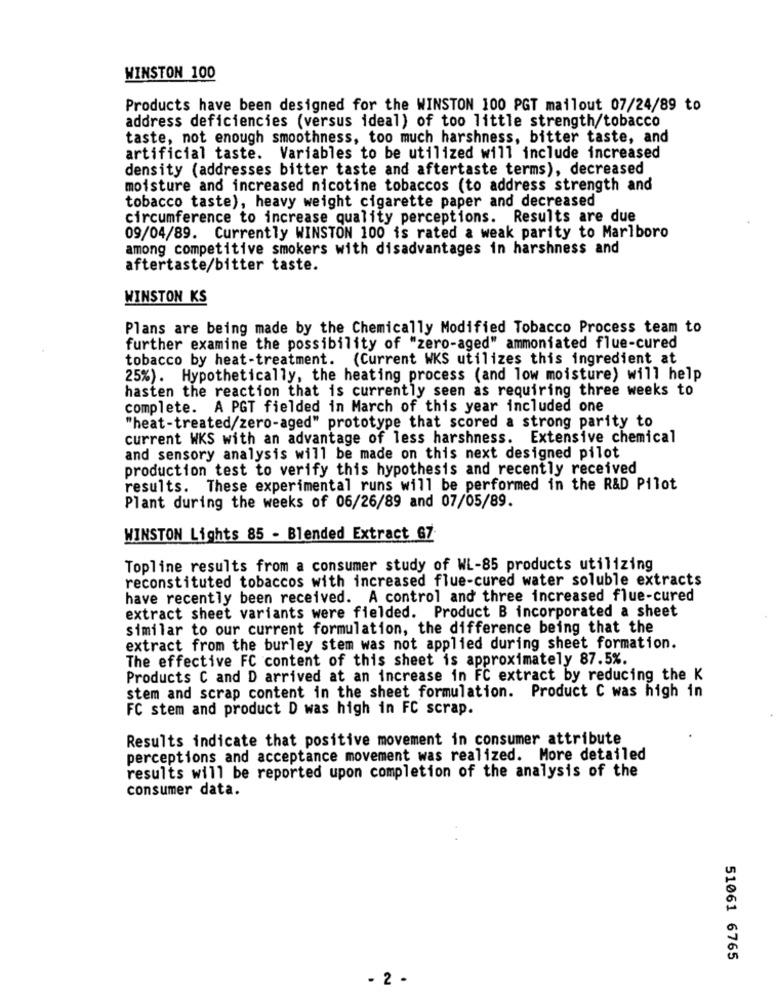
WINSTON 100
Products have been designed for the WINSTON 100 PGT mailout 07/24/89 to
address deficiencies (versus ideal) of too little strength/tobacco
taste, not enough smoothness, too much harshness, bitter taste, and
artificial taste. Variables to be utilized will include increased
density (addresses bitter taste and aftertaste terms), decreased
moisture and increased nicotine tobaccos (to address strength and
tobacco taste), heavy weight cigarette paper and decreased
circumference to increase quality perceptions. Results are due
09/04/89. Currently WINSTON 100 is rated a weak parity to Marlboro
among competitive smokers with disadvantages in harshness and
aftertaste/bitter taste.
WINSTON KS
Plans are being made by the Chemically Modified Tobacco Process team to
further examine the possibility of "zero-aged" ammoniated flue-cured
tobacco by heat-treatment. (Current WKS utilizes this ingredient at
25%). Hypothetically, the heating process (and low moisture) will help
hasten the reaction that is currently seen as requiring three weeks to
complete. A PGT fielded in March of this year included one
"heat-treated/zero-aged" prototype that scored a strong parity to
current WKS with an advantage of less harshness. Extensive chemical
and sensory analysis will be made on this next designed pilot
production test to verify this hypothesis and recently received
results. These experimental runs will be performed in the R&D Pilot
Plant during the weeks of 06/26/89 and 07/05/89.
WINSTON Lights 85 - Blended Extract 67
Topline results from a consumer study of WL-85 products utilizing
reconstituted tobaccos with increased flue-cured water soluble extracts
have recently been received. A control and three increased flue-cured
extract sheet variants were fielded. Product B incorporated a sheet
similar to our current formulation, the difference being that the
extract from the burley stem was not applied during sheet formation.
The effective FC content of this sheet is approximately 87.5%.
Products C and D arrived at an increase in FC extract by reducing the K
stem and scrap content in the sheet formulation. Product C was high in
FC stem and product D was high in FC scrap.
Results indicate that positive movement in consumer attribute
perceptions and acceptance movement was realized. More detailed
results will be reported upon completion of the analysis of the
consumer data.
51061 6765
- 2 -